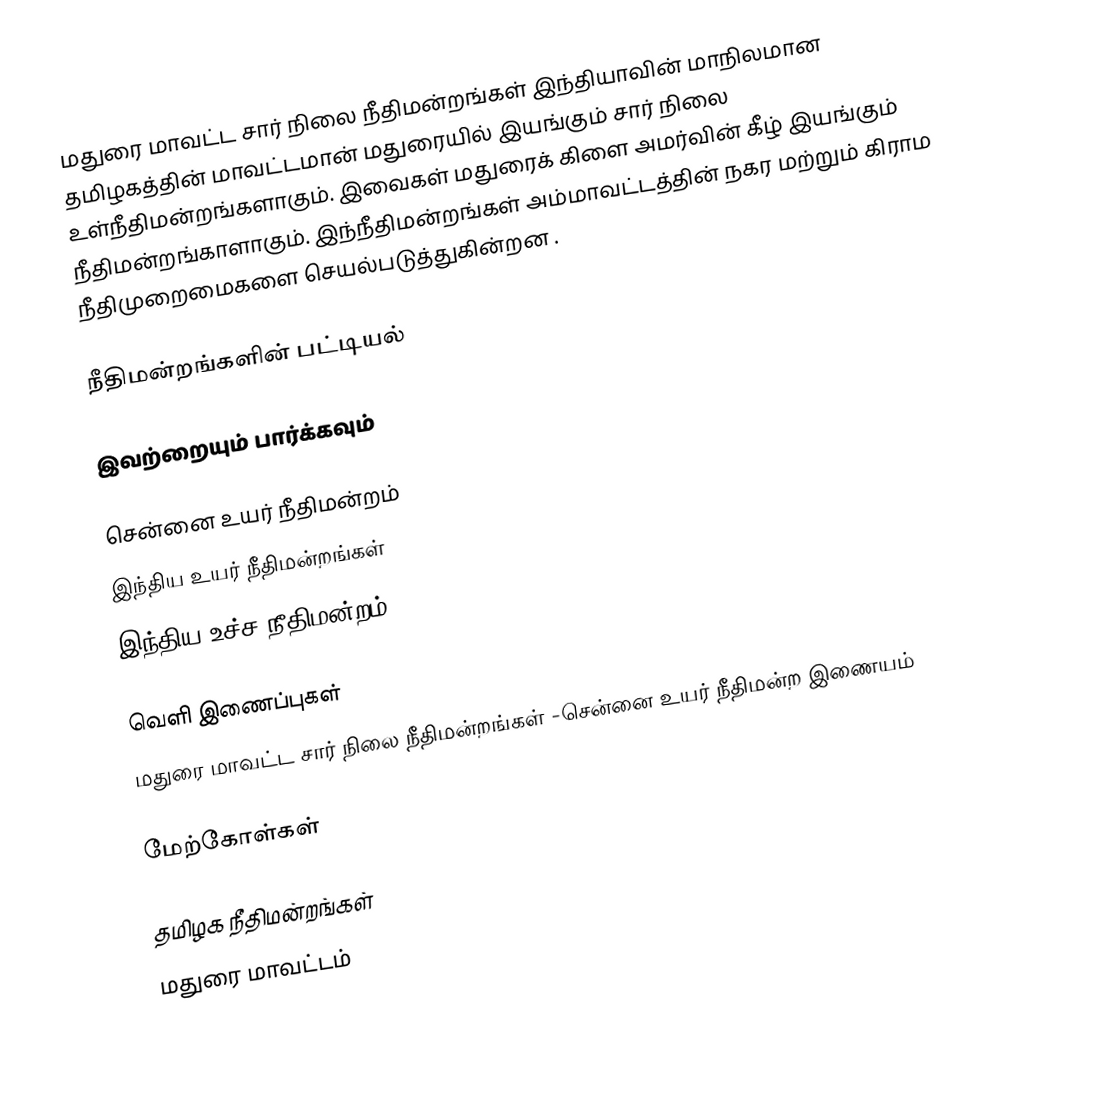
மதுரை மாவட்ட சார் நிலை நீதிமன்றங்கள் இந்தியாவின் மாநிலமான தமிழகத்தின் மாவட்டமான் மதுரையில் இயங்கும் சார் நிலை உள்நீதிமன்றங்களாகும். இவைகள் மதுரைக் கிளை அமர்வின் கீழ் இயங்கும் நீதிமன்றங்காளாகும். இந்நீதிமன்றங்கள் அம்மாவட்டத்தின் நகர மற்றும் கிராம நீதிமுறைமைகளை செயல்படுத்துகின்றன .

நீதிமன்றங்களின் பட்டியல்

இவற்றையும் பார்க்கவும்

சென்னை உயர் நீதிமன்றம்
இந்திய உயர் நீதிமன்றங்கள்
இந்திய உச்ச நீதிமன்றம்

வெளி இணைப்புகள்
மதுரை மாவட்ட சார் நிலை நீதிமன்றங்கள் -சென்னை உயர் நீதிமன்ற இணையம்

மேற்கோள்கள்

தமிழக நீதிமன்றங்கள்
மதுரை மாவட்டம்